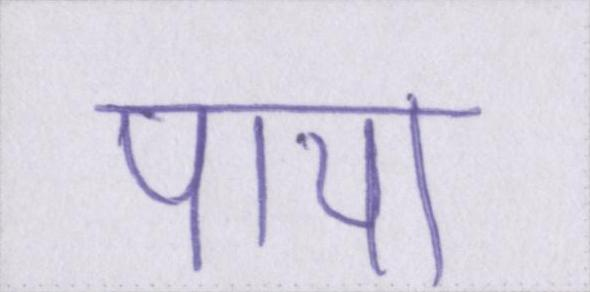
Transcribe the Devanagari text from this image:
पाया